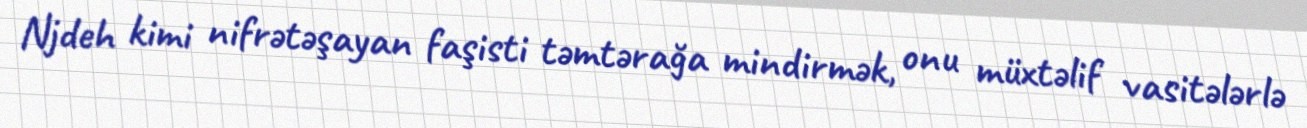
Njdeh kimi nifrətəşayan faşisti təmtərağa mindirmək, onu müxtəlif vasitələrlə